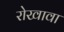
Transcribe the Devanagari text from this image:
रोखावा